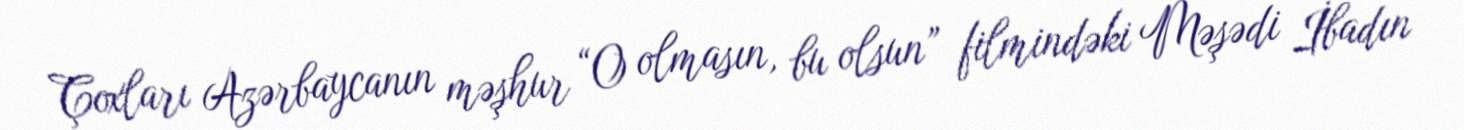
Çoxları Azərbaycanın məşhur “O olmasın, bu olsun” filmindəki Məşədi İbadın